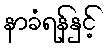
နာခံရန်နှင့်